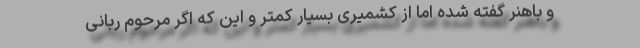
و باهنر گفته شده اما از کشمیری بسیار کمتر و این که اگر مرحوم ربانی